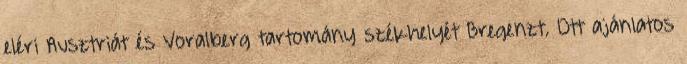
eléri Ausztriát és Voralberg tartomány székhelyét Bregenzt. Ott ajánlatos